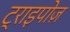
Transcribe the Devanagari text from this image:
ट्राइपोज़